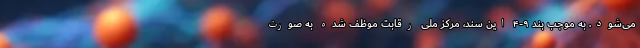
می‌شود. به موجب بند ۹-۴ این سند، مرکز ملی رقابت موظف شده به صورت